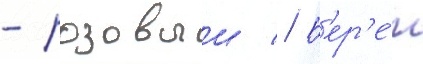
- розовыи // Б'ер'е́т